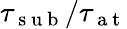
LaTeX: \tau_{\mathrm{~s~u~b~}}/\tau_{\mathrm{~a~t~}}